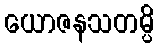
ယောဇနသတမ္ပိ